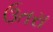
ઉતરા